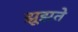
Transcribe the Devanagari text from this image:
झूझते